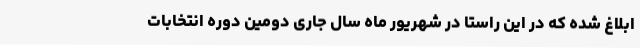
ابلاغ شده که در این راستا در شهریور ماه سال جاری دومین دوره انتخابات